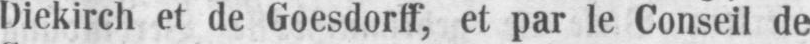
Diekirch et de Goesdorff, et par le Conseil de